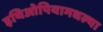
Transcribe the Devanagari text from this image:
इथिओपियामधल्या